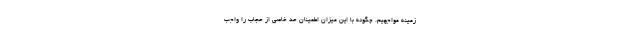
زمینه مواجهیم. چگونه با این میزان اطمینان حد خاصی از حجاب را واجب